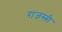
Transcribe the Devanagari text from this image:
राजस्त्री